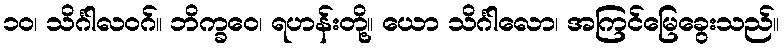
၁၀၊ သိင်္ဂါလဝဂ်။ ဘိက္ခဝေ၊ ရဟန်းတို့။ ယော သိင်္ဂါလော၊ အကြင်မြေခွေးသည်။